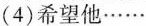
(4)希望他······